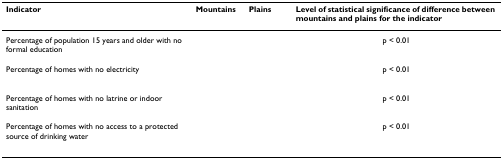
<table><thead><tr><td><b>Indicator</b></td><td><b>Mountains</b></td><td><b>Plains</b></td><td><b>Level of statistical significance of difference between mountains and plains for the indicator</b></td></tr></thead><tbody><tr><td>Percentage of population 15 years and older with no formal education</td><td>[EMPTY_CELL]</td><td>[EMPTY_CELL]</td><td>p &lt; 0.01</td></tr><tr><td>Percentage of homes with no electricity</td><td>[EMPTY_CELL]</td><td>[EMPTY_CELL]</td><td>p &lt; 0.01</td></tr><tr><td>Percentage of homes with no latrine or indoor sanitation</td><td>[EMPTY_CELL]</td><td>[EMPTY_CELL]</td><td>p &lt; 0.01</td></tr><tr><td>Percentage of homes with no access to a protected source of drinking water</td><td>[EMPTY_CELL]</td><td>[EMPTY_CELL]</td><td>p &lt; 0.01</td></tr></tbody></table>